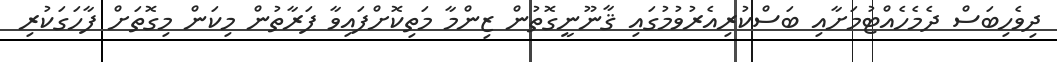
ދިވެހިބަސް ދެމެހެއްޓުމަށާއި ބަސްކުރިއެރުވުމުގައި ޤާނޫނީގޮތުން ޒިންމާ މަތިކޮށްފައިވާ ފަރާތުން މިކަން މިގޮތަށް ފާހަގަކުރި